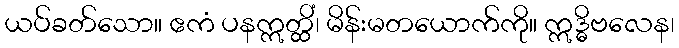
ယပ်ခတ်သော။ ဧကံ ပနဣတ္ထိံ၊ မိန်းမတယောက်ကို။ ဣဒ္ဓိဗလေန၊